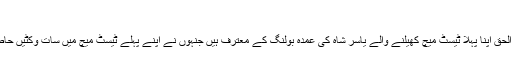
‘
مصباح الحق اپنا پہلا ٹیسٹ میچ کھیلنے والے یاسر شاہ کی عمدہ بولنگ کے معترف ہیں جنہوں نے اپنے پہلے ٹیسٹ میچ میں سات وکٹیں حاصل کیں۔